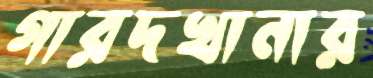
গারদখানার